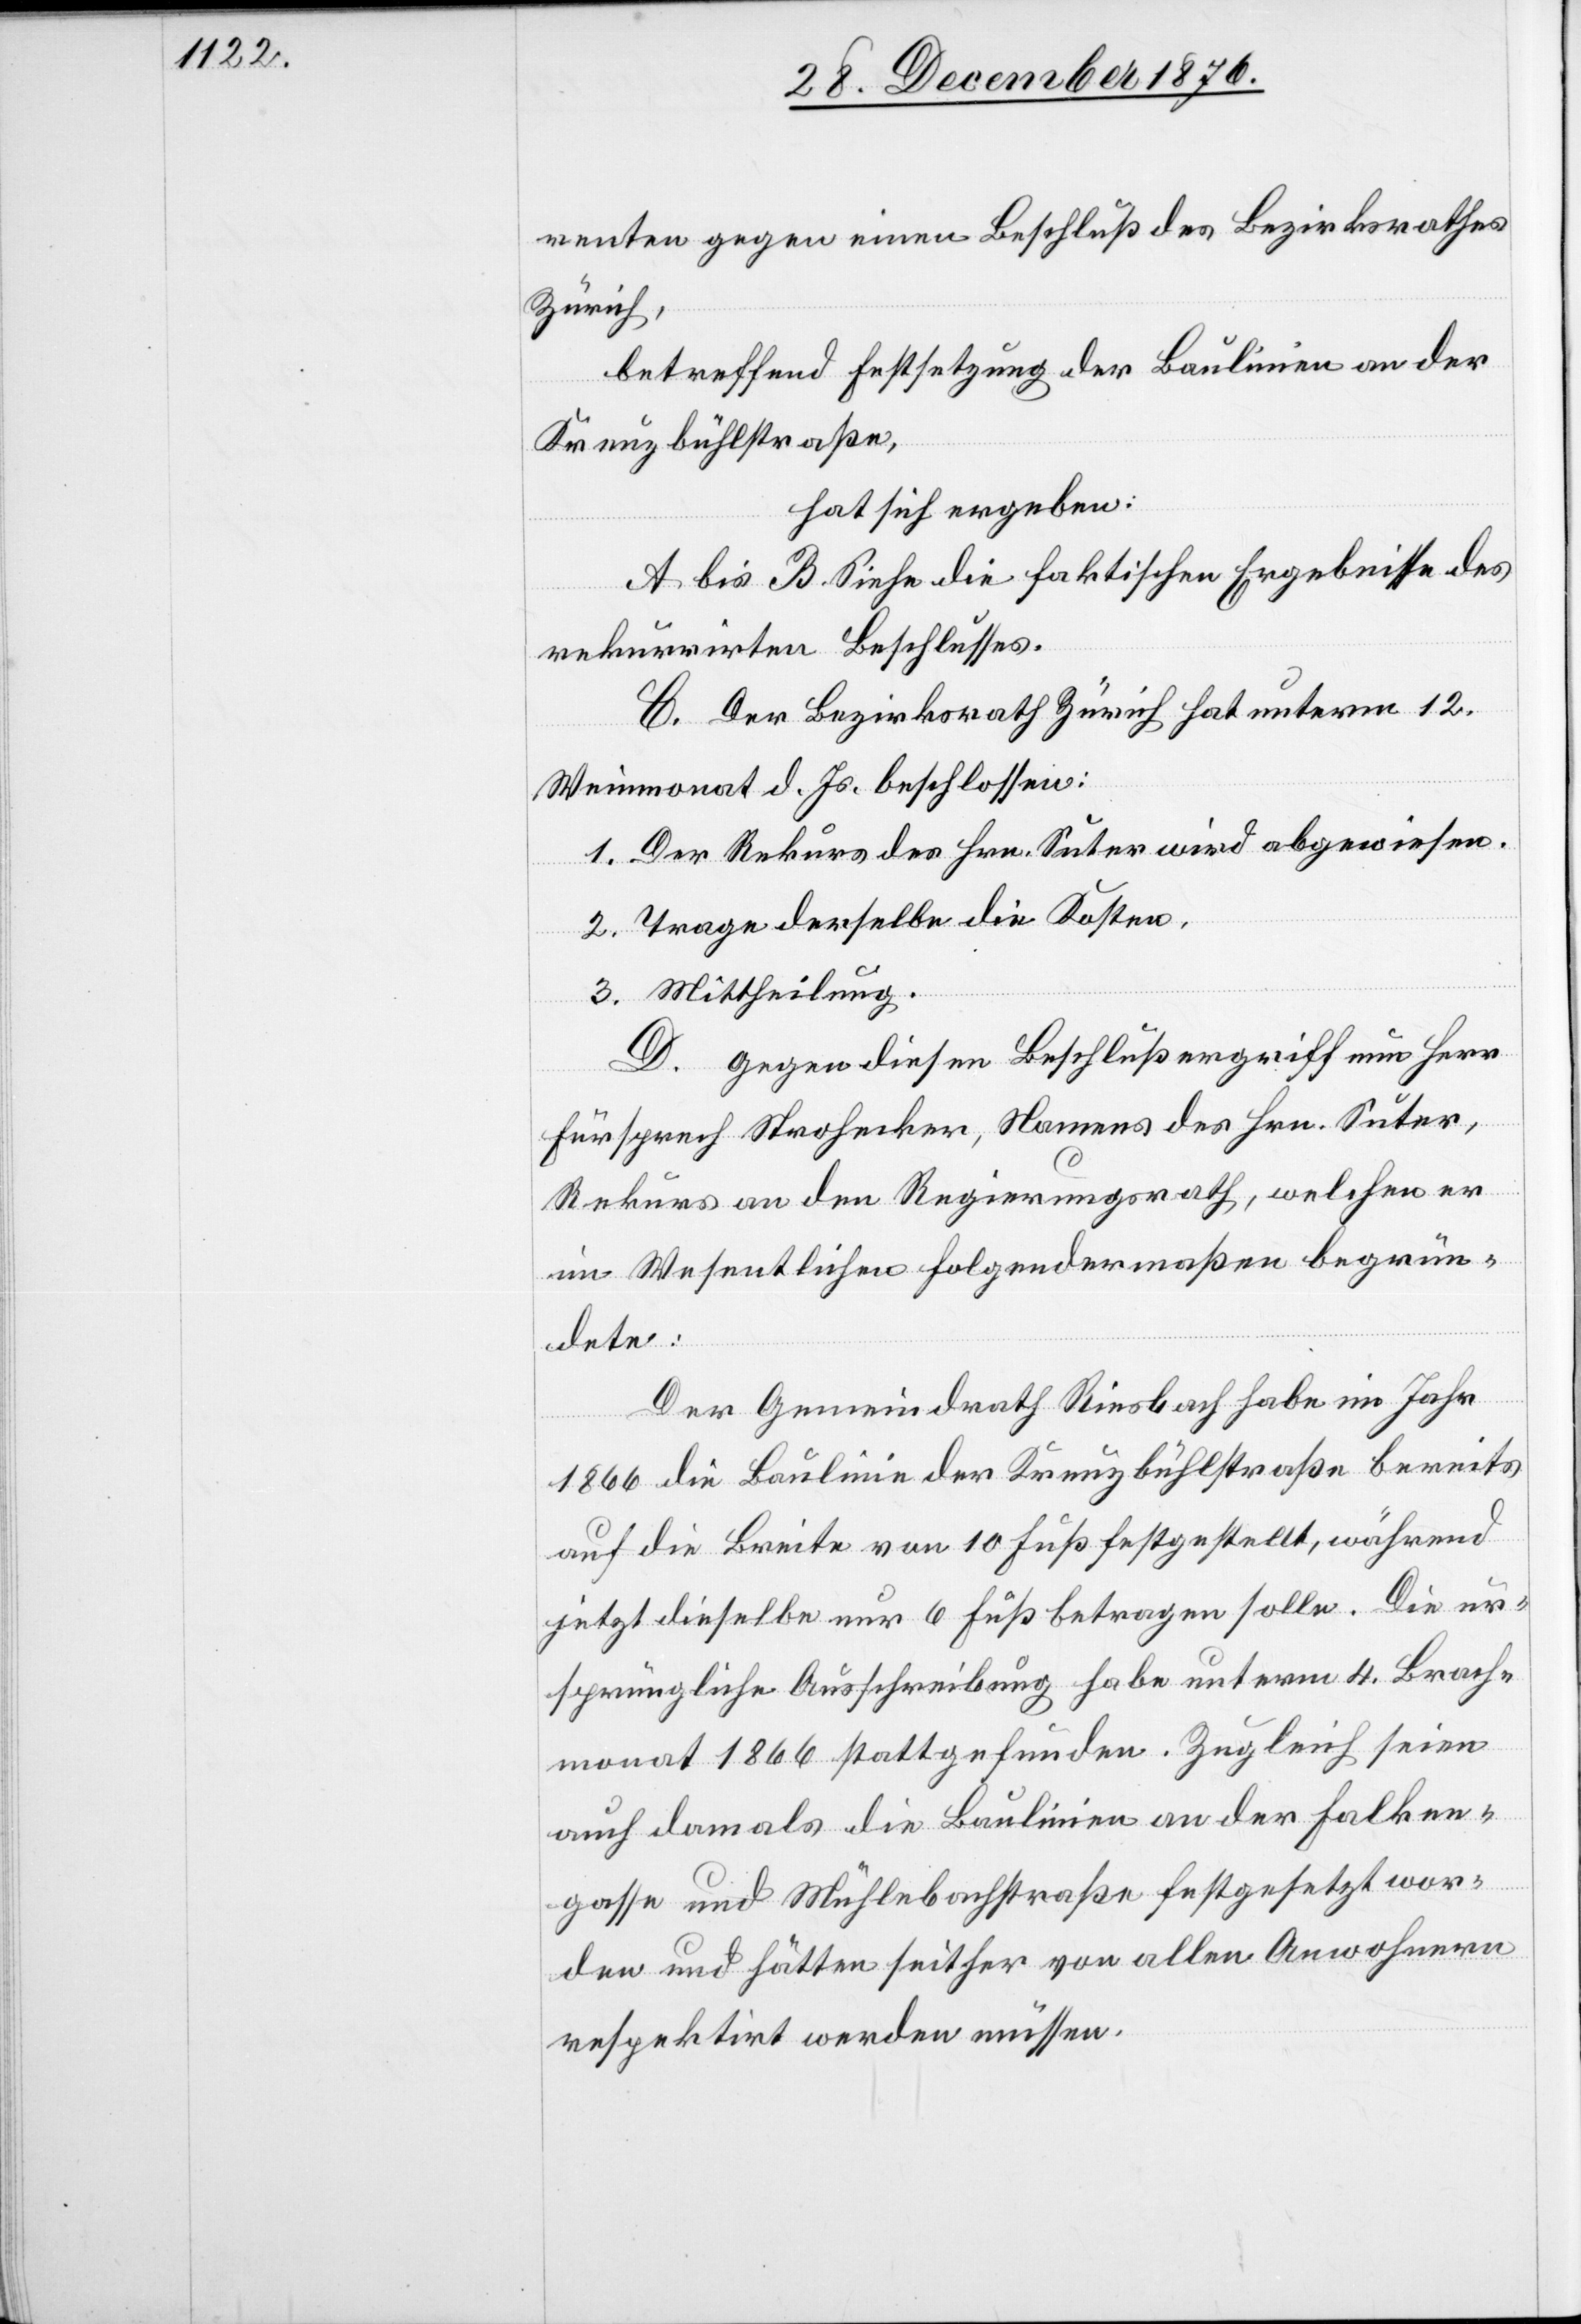
renten gegen einen Beschluß des Bezirksrathes
Zürich,
betreffend Festsetzung der Baulinien an der
Kreuzbühlstraße,
hat sich ergeben:
A bis B. Siehe die faktischen Ergebnisse des
rekurrirten Beschlusses.
C. Der Bezirksrath Zürich hat unterm 12.
Weinmonat d. Js. beschlossen:
1. Der Rekurs des Hrn. Suter wird abgewiesen.
2. Trage derselbe die Kosten.
3. Mittheilung.
D. Gegen diesen Beschluß ergriff nun Herr
Fürsprech Strohecker, Namens des Hrn. Suter,
Rekurs an den Regierungsrath, welchen er
im Wesentlichen folgendermaßen begrün¬
dete:
Der Gemeindrath Riesbach habe im Jahr
1866 die Baulinie der Kreuzbühlstraße bereits
auf die Breite von 10 Fuß festgestellt, während
jetzt dieselbe nur 6 Fuß betragen solle. Die ur¬
sprüngliche Ausschreibung habe unterm 4. Brach¬
monat 1866 stattgefunden. Zugleich seien
auch damals die Baulinien an der Falken¬
gasse und Mühlebachstraße festgesetzt wor¬
den und hätten seither von allen Anwohnern
respektirt werden müssen.